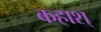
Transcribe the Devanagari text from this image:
कहाश्